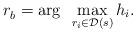
LaTeX: \begin{align*}r_b^{} = \arg~\max_{ r_i \in \mathcal{D}(s) } h_i.\end{align*}